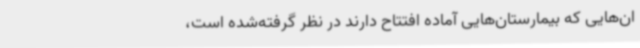
ان‌هایی که بیمارستان‌هایی آماده افتتاح دارند در نظر گرفته‌شده است،